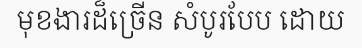
មុខងារដ៏ច្រើន សំបូរបែប ដោយ